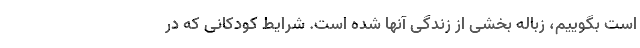
است بگوییم، زباله بخشی از زندگی آنها شده است. شرایط کودکانی که در